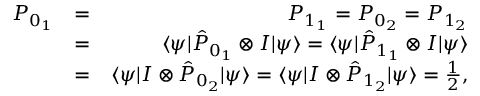
\begin{array} { r l r } { P _ { 0 _ { 1 } } } & { = } & { P _ { 1 _ { 1 } } = P _ { 0 _ { 2 } } = P _ { 1 _ { 2 } } } \\ & { = } & { \langle \psi | \hat { P } _ { 0 _ { 1 } } \otimes I | \psi \rangle = \langle \psi | \hat { P } _ { 1 _ { 1 } } \otimes I | \psi \rangle } \\ & { = } & { \langle \psi | I \otimes \hat { P } _ { 0 _ { 2 } } | \psi \rangle = \langle \psi | I \otimes \hat { P } _ { 1 _ { 2 } } | \psi \rangle = \frac { 1 } { 2 } , } \end{array}